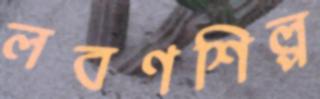
লবণশিল্প